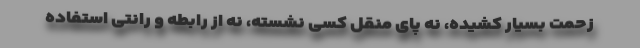
زحمت بسیار کشیده، نه پای منقل کسی نشسته، نه از رابطه و رانتی استفاده